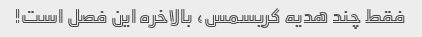
فقط چند هدیه کریسمس، بالاخره این فصل است!